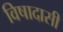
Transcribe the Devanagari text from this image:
विषादासी